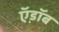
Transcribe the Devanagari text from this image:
ऍ़डॉब